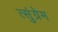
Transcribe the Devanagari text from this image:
त्सुंग्रेम